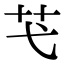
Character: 芅